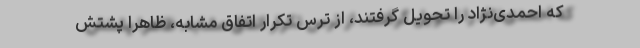
که احمدی‌نژاد را تحویل گرفتند، از ترس تکرار اتفاق مشابه، ظاهرا پشتش